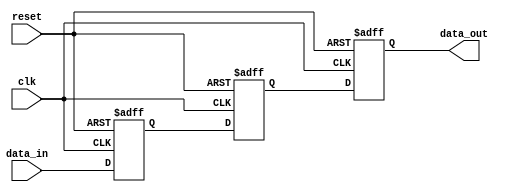
module three_flop_synchronizer(
    input wire clk,
    input wire reset,
    input wire data_in,
    output reg data_out
);

reg [2:0] stage1, stage2, stage3;

always @(posedge clk or posedge reset) begin
    if(reset) begin
        stage1 <= 1'b0;
        stage2 <= 1'b0;
        stage3 <= 1'b0;
    end else begin
        stage1 <= data_in;
        stage2 <= stage1;
        stage3 <= stage2;
    end
end

assign data_out = stage3;

endmodule